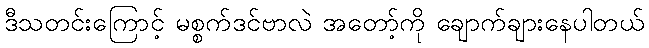
ဒီသတင်းကြောင့် မစ္စက်ဒင်ဗာလဲ အတော့်ကို ချောက်ချားနေပါတယ်